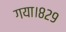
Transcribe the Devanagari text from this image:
गया।८२९